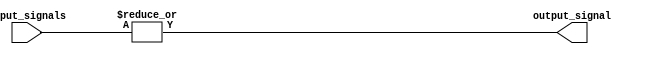
module Or_gate(
    input [7:0] input_signals,
    output output_signal
);

assign output_signal = |input_signals;

endmodule